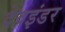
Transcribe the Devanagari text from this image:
देवइंडर